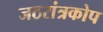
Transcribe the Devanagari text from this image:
जठरांत्रकोप